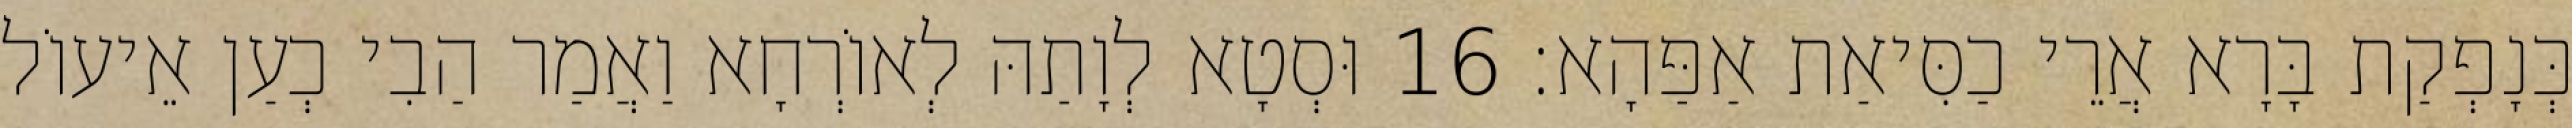
כְּנָפְקַת בָּרָא אֲרֵי כַסִּיאַת אַפַּהָא׃ 16 וּסְטָא לְוָתַהּ לְאוֹרְחָא וַאֲמַר הַבִי כְעַן אֵיעוֹל